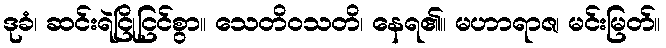
ဒုခံ၊ ဆင်းရဲငြိုငြင်စွာ။ သေတိဝသတိ၊ နေရ၏။ မဟာရာဇ၊ မင်းမြတ်။